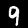
Label: 9